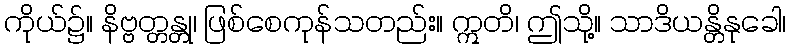
ကိုယ်၌။ နိဗ္ဗတ္တန္တု၊ ဖြစ်စေကုန်သတည်း။ ဣတိ၊ ဤသို့။ သာဒိယန္တိနုခေါ၊